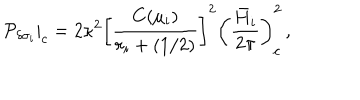
LaTeX: \left. { \cal P } _ { \delta \sigma _ { i } } \right| _ { c } = 2 \kappa ^ { 2 } \left[ { \frac { C ( \mu _ { i } ) } { r _ { i } + ( 1 / 2 ) } } \right] ^ { 2 } \left( { \frac { \bar { H } _ { i } } { 2 \pi } } \right) _ { c } ^ { 2 } \, ,